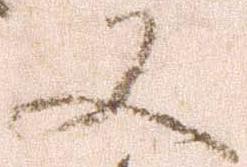
又